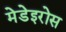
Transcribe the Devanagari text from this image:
मेडेइरोस